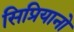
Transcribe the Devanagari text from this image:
सिप्रियानो